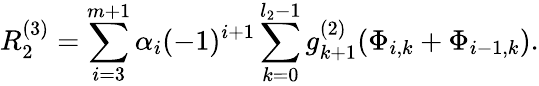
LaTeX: R_{2}^{\left(3\right)}=\sum_{i=3}^{m+1}\alpha_{i}(-1)^{i+1}\sum_{k=0}^{l_{2}-1}g_{k+1}^{\left(2\right)}(\Phi_{i,k}+\Phi_{i-1,k}).